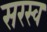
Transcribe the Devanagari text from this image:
सरस्व